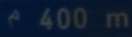
^{\circ}400\mathrm